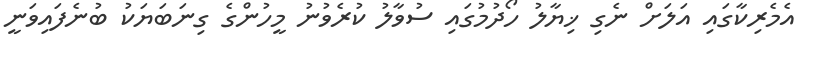
އެމެރިކާގައި އަލަށް ނެގި ޚިޔާލު ހޯދުމުގައި ސުވާލު ކުރެވުނު މީހުންގެ ގިނަބަޔަކު ބުނެފައިވަނީ